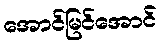
အောင်မြင်အောင်